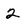
Character: 2